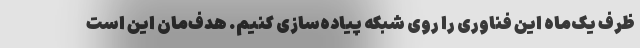
ظرف یک‌ماه این فناوری را روی شبکه پیاده‌سازی کنیم. هدف‌مان این است